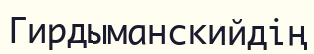
Гирдыманскийдің